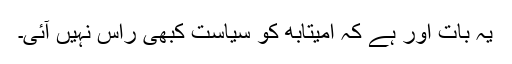
یہ بات اور ہے کہ امیتابھ کو سیاست کبھی راس نہیں آئی۔